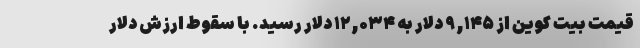
قیمت بیت کوین از ۹,۱۴۵ دلار به ۱۲,۰۳۴ دلار رسید. با سقوط ارزش دلار